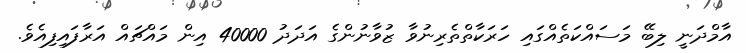
އާމްދަނީ ލިބޭ މަސައްކަތެއްގައި ހަރަކާތްތެރިނުވާ ޒުވާނުންގެ އަދަދު 40000 އިން މައްޗައް އަރާފައިފިއެވެ.